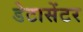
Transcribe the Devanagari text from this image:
डेटासेंटर